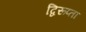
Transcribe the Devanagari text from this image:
द्विरूप्ता